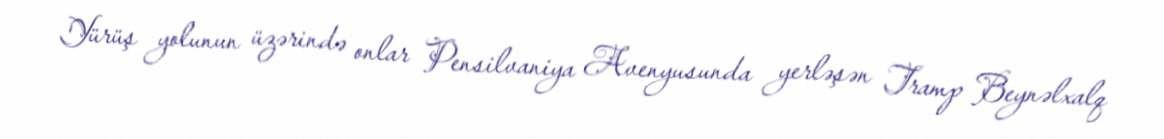
Yürüş yolunun üzərində onlar Pensilvaniya Avenyusunda yerləşən Tramp Beynəlxalq